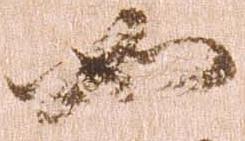
如